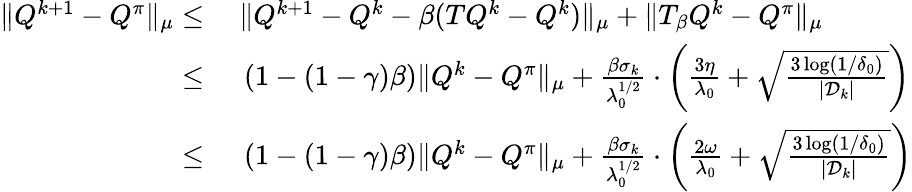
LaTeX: \begin{array}{rl}{\| Q^{k+1}-Q^{\pi}\| _{\mu}\leq}&{\ \| Q^{k+1}-Q^{k}-\beta(TQ^{k}-Q^{k})\| _{\mu}+\| T_{\beta}Q^{k}-Q^{\pi}\| _{\mu}}\\ {\leq}&{\ \left(1-(1-\gamma)\beta\right)\| Q^{k}-Q^{\pi}\| _{\mu}+\frac{\beta\sigma_{k}}{\lambda_{0}^{1/2}}\cdot\left(\frac{3\eta}{\lambda_{0}}+\sqrt{\frac{3\log(1/\delta_{0})}{|\mathcal{D}_{k}|}}\right)}\\ {\leq}&{\ \left(1-(1-\gamma)\beta\right)\| Q^{k}-Q^{\pi}\| _{\mu}+\frac{\beta\sigma_{k}}{\lambda_{0}^{1/2}}\cdot\left(\frac{2\omega}{\lambda_{0}}+\sqrt{\frac{3\log(1/\delta_{0})}{|\mathcal{D}_{k}|}}\right)}\end{array}